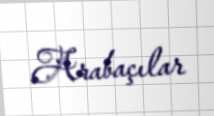
Arabaçılar